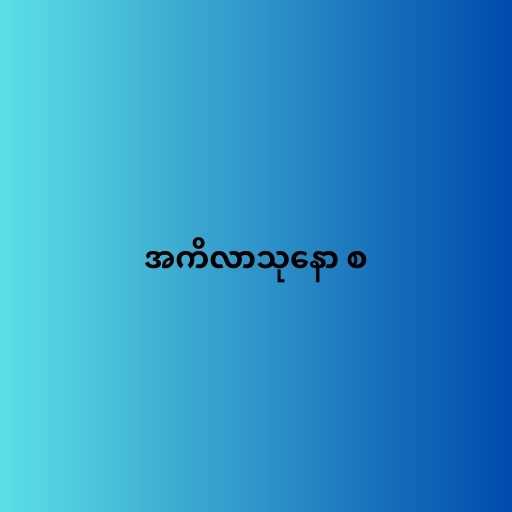
အကိလာသုနော စ